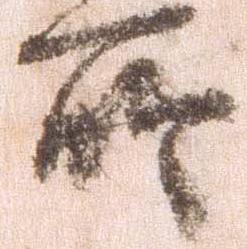
所